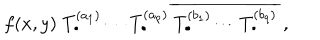
f ( x , y ) \; T _ { \bullet } ^ { ( a _ { 1 } ) } \cdots T _ { \bullet } ^ { ( a _ { p } ) } \: \overline { { { T _ { \bullet } ^ { ( b _ { 1 } ) } \cdots T _ { \bullet } ^ { ( b _ { q } ) } } } } \; ,